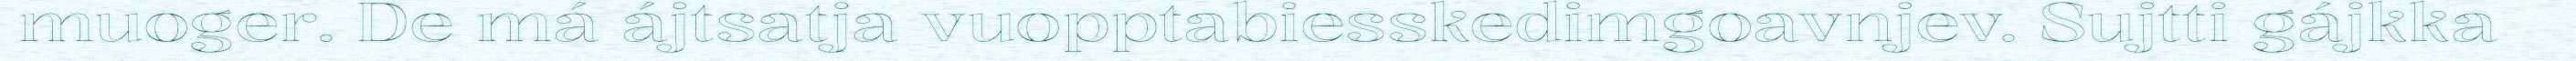
muoger. De má ájtsatja vuopptabiesskedimgoavnjev. Sujtti gájkka